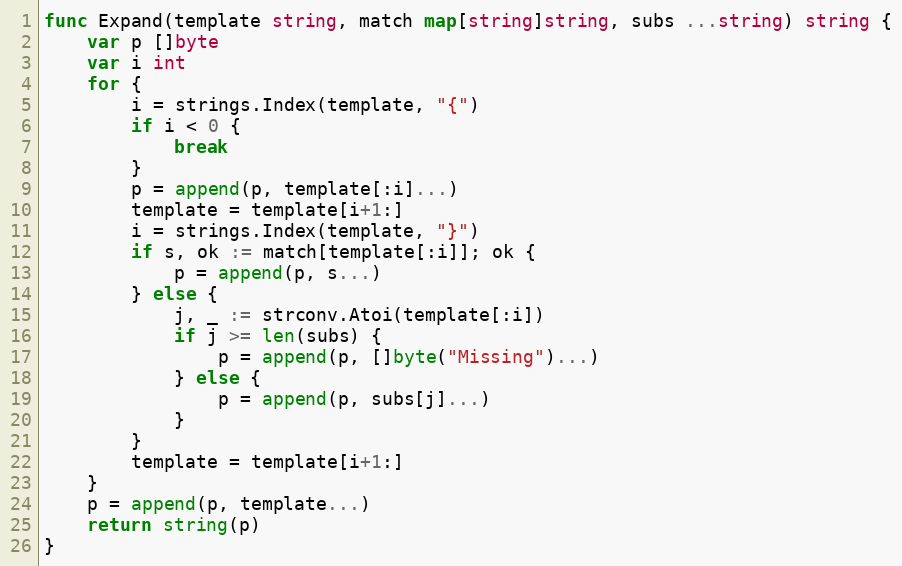
Language: Go
func Expand(template string, match map[string]string, subs ...string) string {
	var p []byte
	var i int
	for {
		i = strings.Index(template, "{")
		if i < 0 {
			break
		}
		p = append(p, template[:i]...)
		template = template[i+1:]
		i = strings.Index(template, "}")
		if s, ok := match[template[:i]]; ok {
			p = append(p, s...)
		} else {
			j, _ := strconv.Atoi(template[:i])
			if j >= len(subs) {
				p = append(p, []byte("Missing")...)
			} else {
				p = append(p, subs[j]...)
			}
		}
		template = template[i+1:]
	}
	p = append(p, template...)
	return string(p)
}